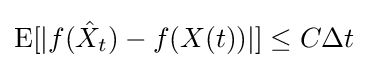
{\text{E}}[|f({\hat {X}}_{t})-f(X(t))|]\leq C\Delta t